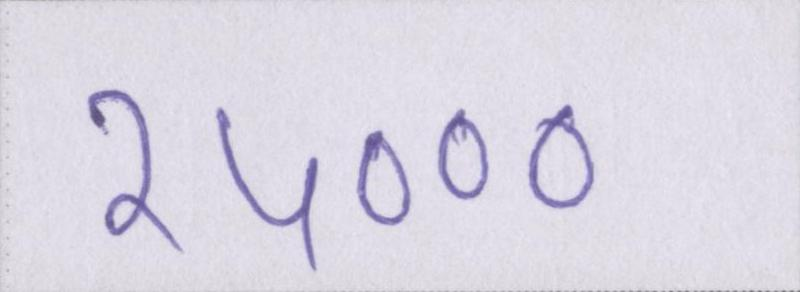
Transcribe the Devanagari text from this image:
२५०००